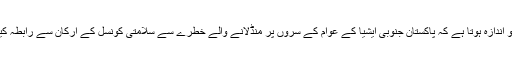
شاہ محمود قریشی کے بیان کی روشنی میں حالات کا جائزہ لیا جائے تو اندازہ ہوتا ہے کہ پاکستان جنوبی ایشیا کے عوام کے سروں پر منڈلانے والے خطرے سے سلامتی کونسل کے ارکان سے رابطہ کیے ہوئے ہے مگر سلامتی کونسل میں ایک گہری تقسیم اُبھر چکی ہے۔